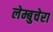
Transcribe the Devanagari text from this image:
लेम्बुचेरा